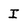
Character: I